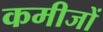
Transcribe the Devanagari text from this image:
कमीजों